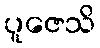
ပူဇေသိ